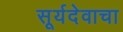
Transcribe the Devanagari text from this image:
सूर्यदेवाचा